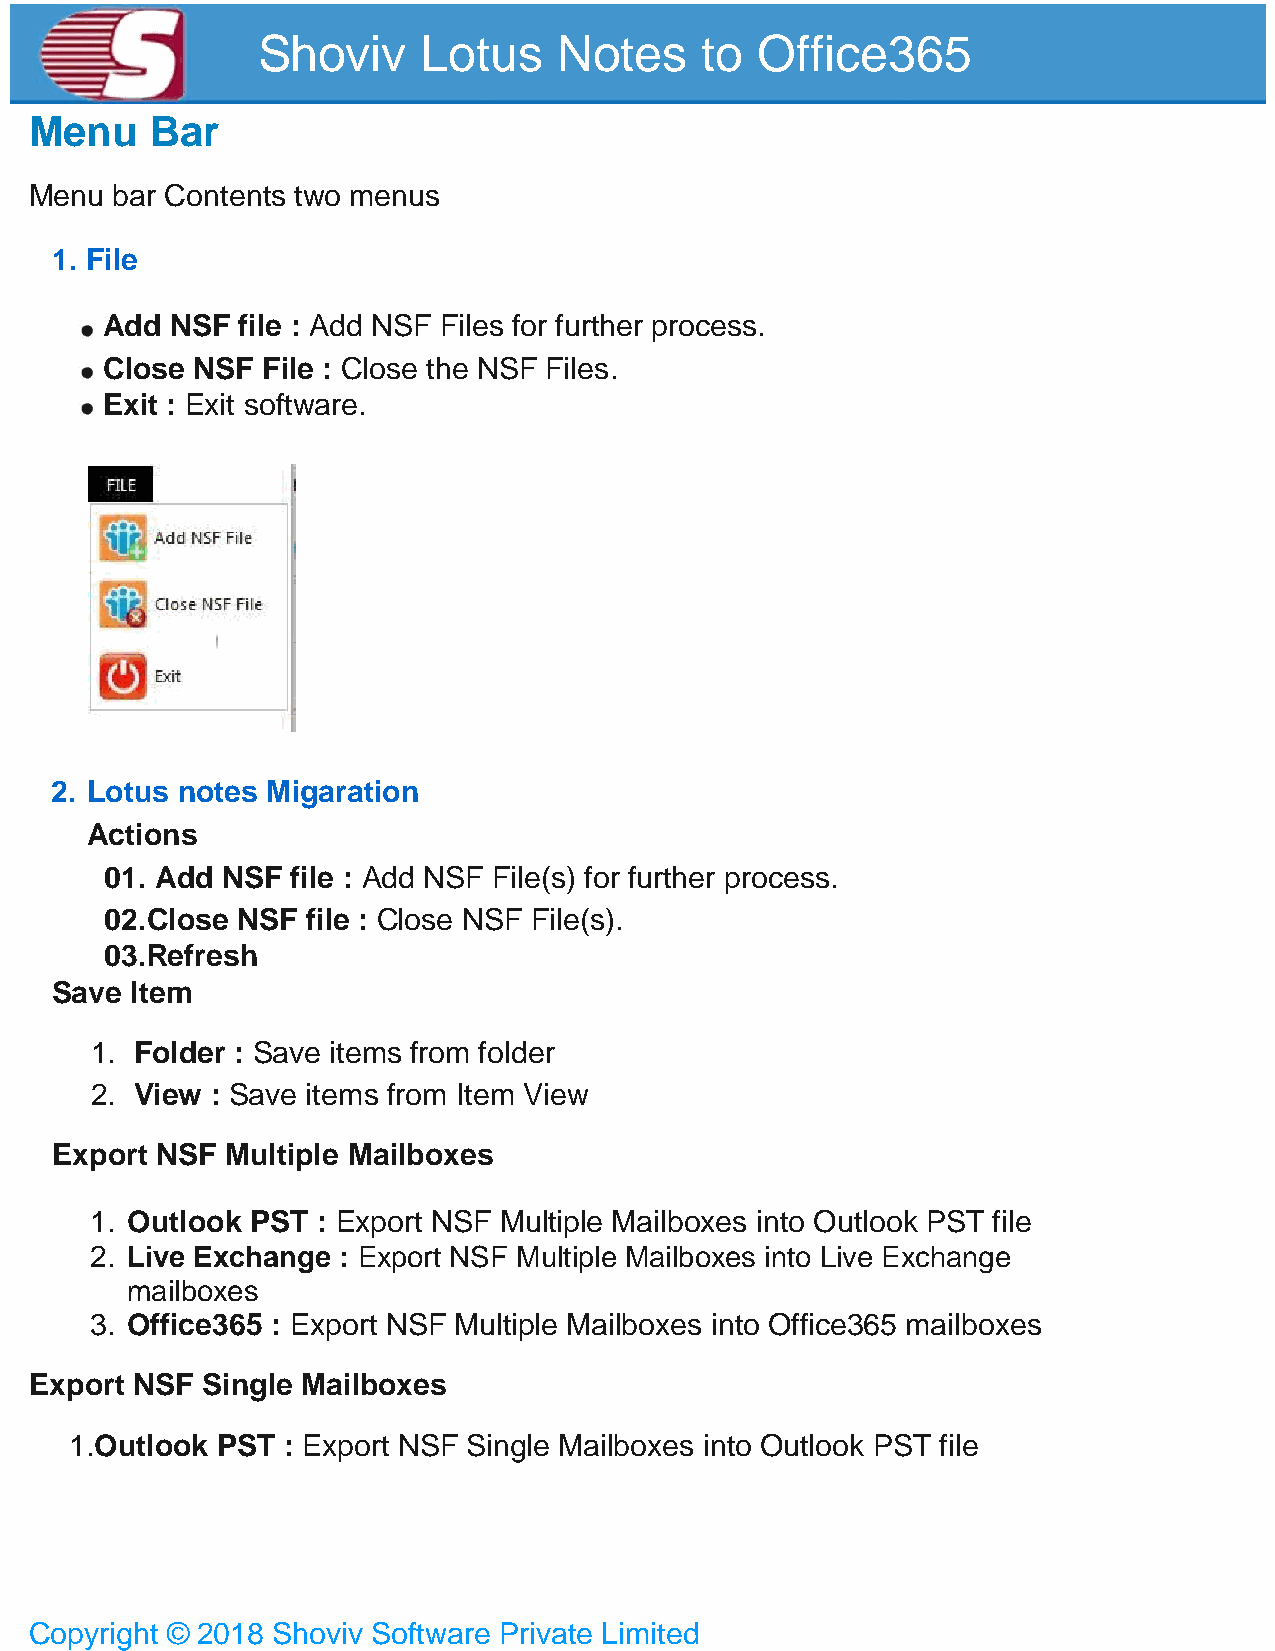
Shoviv     Lotus    Notes    to  Office365
 Menu    Bar
 Menu bar Contents two menus
 1. File
 Add NSF  file : Add NSF Files for further process.
 Close NSF File : Close the NSF Files.
 Exit : Exit software.
 2. Lotus notes Migaration
 Actions
 01. Add NSF file : Add NSF File(s) for further process.
 02. Close NSF file : Close NSF File(s).
 03. Refresh
 Save  Item
 1. Folder : Save items from folder
 2. View : Save items from Item View
 Export NSF  Multiple Mailboxes
 1. Outlook PST : Export NSF Multiple Mailboxes into Outlook PST file
 2. Live Exchange : Export NSF Multiple Mailboxes into Live Exchange
 mailboxes
 3. Office365 : Export NSF Multiple Mailboxes into Office365 mailboxes
 Export NSF Single Mailboxes
 1.Outlook PST : Export NSF Single Mailboxes into Outlook PST file
 Copyright © 2018 Shoviv Software Private Limited